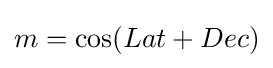
m=\cos(Lat+Dec)